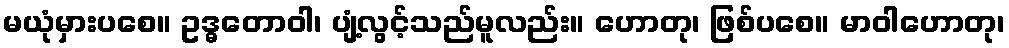
မယုံမှားပစေ။ ဥဒ္ဓတောဝါ၊ ပျံ့လွင့်သည်မူလည်း။ ဟောတု၊ ဖြစ်ပစေ။ မာဝါဟောတု၊